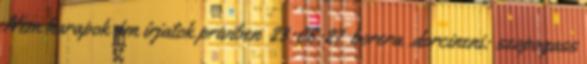
Nem harapok ám írjatok priviben 23:08:27 borera .dorcineni: szopogass